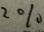
2 \%